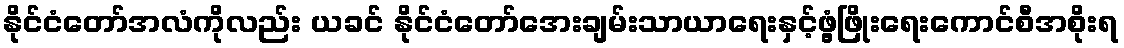
နိုင်ငံတော်အလံကိုလည်း ယခင် နိုင်ငံတော်အေးချမ်းသာယာရေးနှင့်ဖွံ့ဖြိုးရေးကောင်စီအစိုးရ